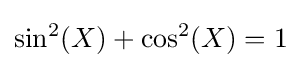
\sin ^{2}(X)+\cos ^{2}(X)=1